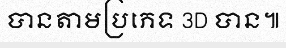
បានតាមប្រភេទ 3D បាន៕